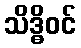
သိဒ္ဓိဝင်